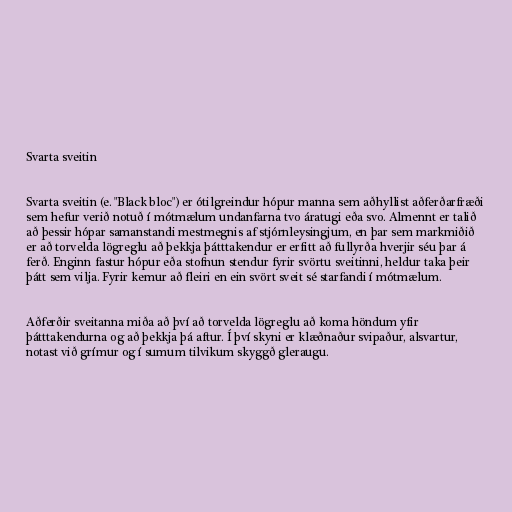
Svarta sveitin

Svarta sveitin (e. "Black bloc") er ótilgreindur hópur manna sem aðhyllist aðferðarfræði
sem hefur verið notuð í mótmælum undanfarna tvo áratugi eða svo. Almennt er talið
að þessir hópar samanstandi mestmegnis af stjórnleysingjum, en þar sem markmiðið
er að torvelda lögreglu að þekkja þátttakendur er erfitt að fullyrða hverjir séu þar á
ferð. Enginn fastur hópur eða stofnun stendur fyrir svörtu sveitinni, heldur taka þeir
þátt sem vilja. Fyrir kemur að fleiri en ein svört sveit sé starfandi í mótmælum.

Aðferðir sveitanna miða að því að torvelda lögreglu að koma höndum yfir
þátttakendurna og að þekkja þá aftur. Í því skyni er klæðnaður svipaður, alsvartur,
notast við grímur og í sumum tilvikum skyggð gleraugu.